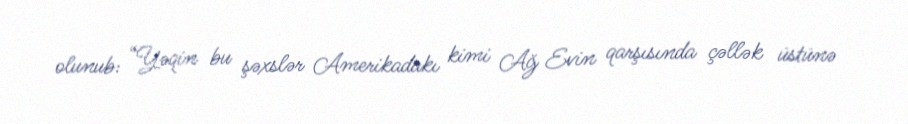
olunub: “Yəqin bu şəxslər Amerikadakı kimi Ağ Evin qarşısında çəllək üstünə